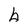
Character: b